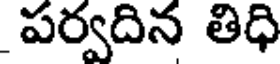
పర్వదిన తిధి